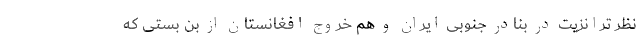
نظر ترانزیت در بنادر جنوبی ایران و هم خروج افغانستان از بن بستی که